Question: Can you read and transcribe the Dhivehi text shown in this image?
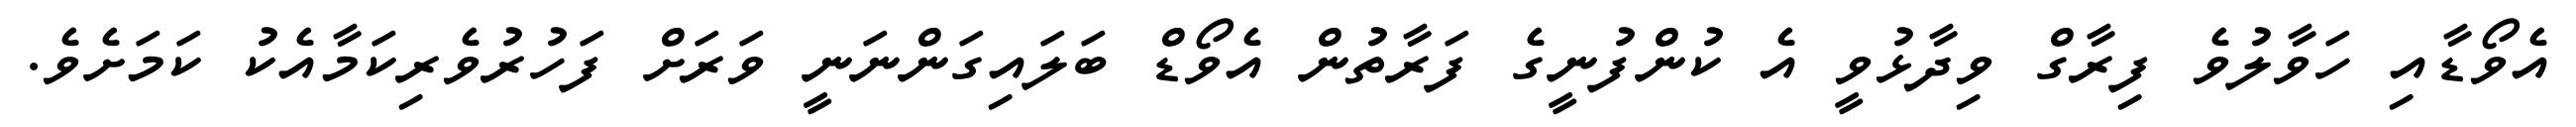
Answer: އެވޯޑާއި ހަވާލުވެ ފިރާގް ވިދާޅުވީ އެ ކުންފުނީގެ ފަރާތުން އެވޯޑް ބަލައިގަންނަނީ ވަރަށް ފަހުރުވެރިކަމާއެކު ކަމަށެވެ.